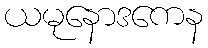
ယမုနောဒကေန